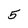
Character: 5